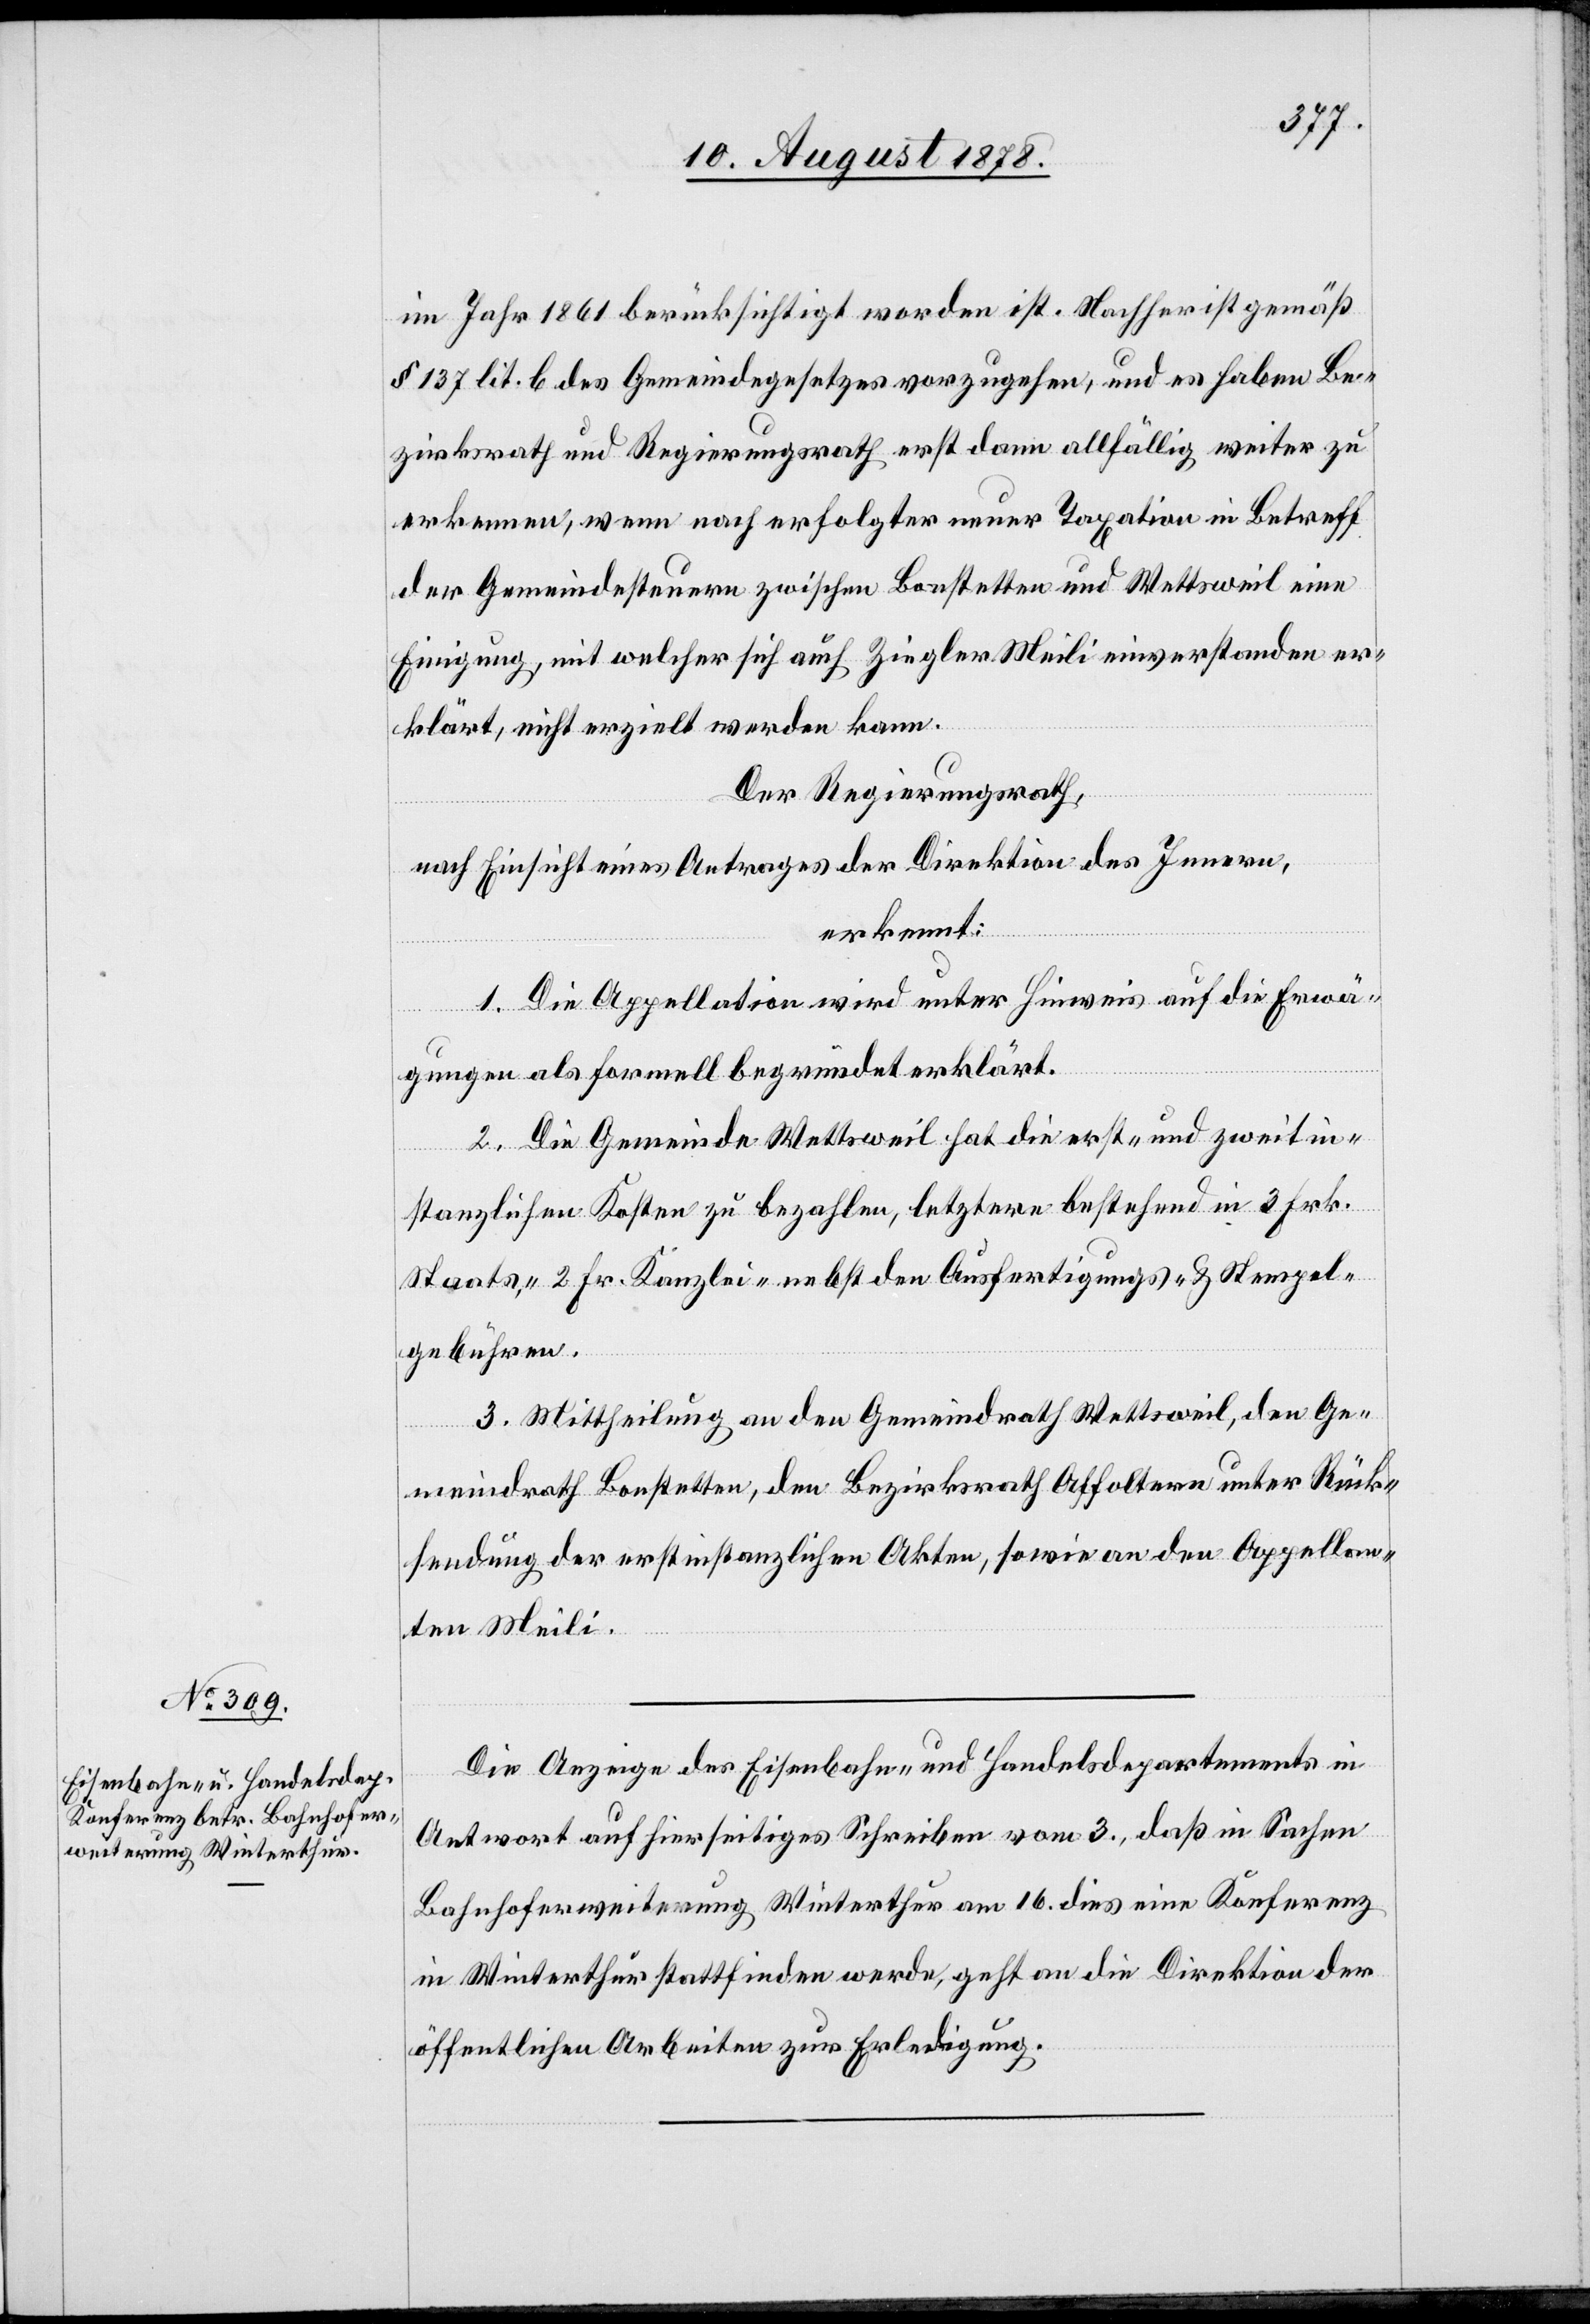
im Jahr 1861 berücksichtigt worden ist. Nachher ist gemäß
§ 137 lit. b des Gemeindegesetzes vorzugehen, und es haben Be¬
zirksrath und Regierungsrath erst dann allfällig weiter zu
erkennen, wenn nach erfolgter neuer Taxation in Betreff
der Gemeindesteuern zwischen Bonstetten und Wettsweil eine
Einigung, mit welcher sich auch Ziegler Meili einverstanden er¬
klärt, nicht erzielt werden kann.
Der Regierungsrath,
nach Einsicht eines Antrages der Direktion des Innern,
erkennt:
1. Die Appellation wird unter Hinweis auf die Erwä¬
gungen als formell begründet erklärt.
2. Die Gemeinde Wettsweil hat die erst- und zweitin¬
stanzlichen Kosten zu bezahlen, letztere bestehend in 3 Frk.
Staats-, 2 Fr. Kanzlei- nebst den Ausfertigungs- & Stempel¬
gebühren.
3. Mittheilung an den Gemeindrath Wettsweil, den Ge¬
meindrath Bonstetten, den Bezirksrath Affoltern unter Rück¬
sendung der erstinstanzlichen Akten, sowie an den Appellan¬
ten Meili.
Die Anzeige des Eisenbahn- und Handelsdepartements in
Antwort auf hierseitiges Schreiben vom 3., daß in Sachen
Bahnhoferweiterung Winterthur am 16. dies eine Konferenz
in Winterthur stattfinden werde, geht an die Direktion der
öffentlichen Arbeiten zur Erledigung.